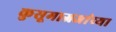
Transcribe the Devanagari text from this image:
कुसूमाग्रजांच्‍या